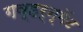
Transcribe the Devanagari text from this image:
गव्हर्न्मेंट